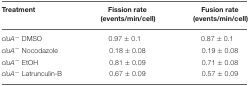
| Treatment | Fission rate (events/min/cell) | Fusion rate (events/min/cell) |
 | --- | --- | --- |
 | cluA− DMSO | 0.97 ± 0.1 | 0.87 ± 0.1 |
 | cluA− Nocodazole | 0.18 ± 0.08 | 0.19 ± 0.08 |
 | cluA− EtOH | 0.81 ± 0.09 | 0.71 ± 0.08 |
 | cluA− Latrunculin-B | 0.67 ± 0.09 | 0.57 ± 0.09 |